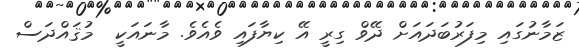
ޒަމާނުގައި މިފަރުބަދައަށް ދޭވް ގިރީ އޭ ކިޔާފައި ވެއެވެ. މާނައަކީ  މުޤައްދަސް